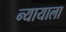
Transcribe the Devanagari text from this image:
न्यायाला